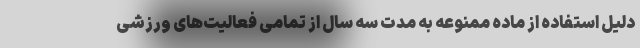
دلیل استفاده از ماده ممنوعه به مدت سه سال از تمامی فعالیت‌های ورزشی